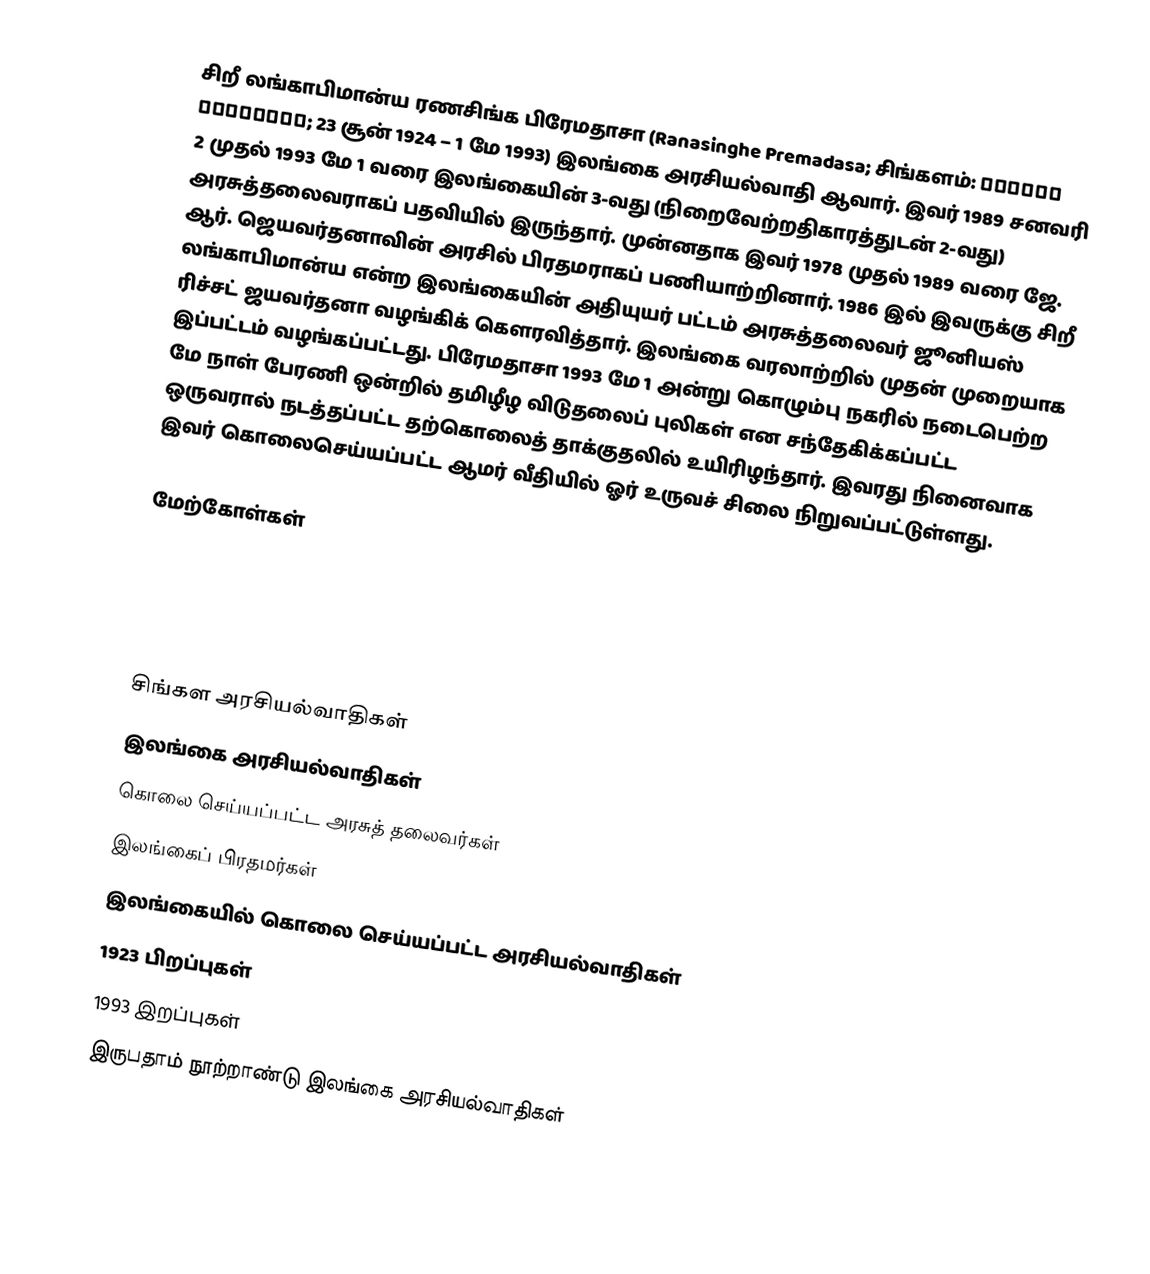
சிறீ லங்காபிமான்ய ரணசிங்க பிரேமதாசா (Ranasinghe Premadasa; சிங்களம்: රණසිංහ ප්රේමදාස; 23 சூன் 1924 – 1 மே 1993) இலங்கை அரசியல்வாதி ஆவார். இவர் 1989 சனவரி 2 முதல் 1993 மே 1 வரை இலங்கையின் 3-வது (நிறைவேற்றதிகாரத்துடன் 2-வது) அரசுத்தலைவராகப் பதவியில் இருந்தார். முன்னதாக இவர் 1978 முதல் 1989 வரை ஜே. ஆர். ஜெயவர்தனாவின் அரசில் பிரதமராகப் பணியாற்றினார். 1986 இல் இவருக்கு சிறீ லங்காபிமான்ய என்ற இலங்கையின் அதியுயர் பட்டம் அரசுத்தலைவர் ஜூனியஸ் ரிச்சட் ஜயவர்தனா வழங்கிக் கௌரவித்தார். இலங்கை வரலாற்றில் முதன் முறையாக இப்பட்டம் வழங்கப்பட்டது. பிரேமதாசா 1993 மே 1 அன்று கொழும்பு நகரில் நடைபெற்ற மே நாள் பேரணி ஒன்றில் தமிழீழ விடுதலைப் புலிகள் என சந்தேகிக்கப்பட்ட ஒருவரால் நடத்தப்பட்ட தற்கொலைத் தாக்குதலில் உயிரிழந்தார். இவரது நினைவாக இவர் கொலைசெய்யப்பட்ட ஆமர் வீதியில் ஓர் உருவச் சிலை நிறுவப்பட்டுள்ளது.

மேற்கோள்கள்

சிங்கள அரசியல்வாதிகள்
இலங்கை அரசியல்வாதிகள்
கொலை செய்யப்பட்ட அரசுத் தலைவர்கள்
இலங்கைப் பிரதமர்கள்
இலங்கையில் கொலை செய்யப்பட்ட அரசியல்வாதிகள்
1923 பிறப்புகள்
1993 இறப்புகள்
இருபதாம் நூற்றாண்டு இலங்கை அரசியல்வாதிகள்